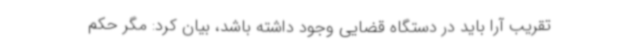
تقریب آرا باید در دستگاه قضایی وجود داشته باشد، بیان کرد: مگر حکم